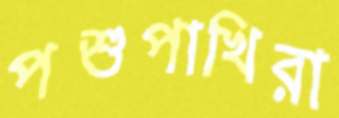
পশুপাখিরা